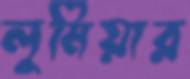
লুমিয়ার